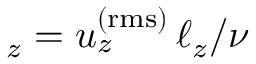
_ z = u _ { z } ^ { \mathrm { ( r m s ) } } \, \ell _ { z } / \nu